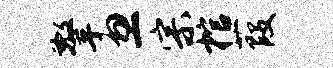
擎忽宗棺葭